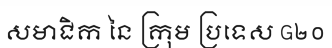
សមាជិក នៃ ក្រុម ប្រទេស G២០